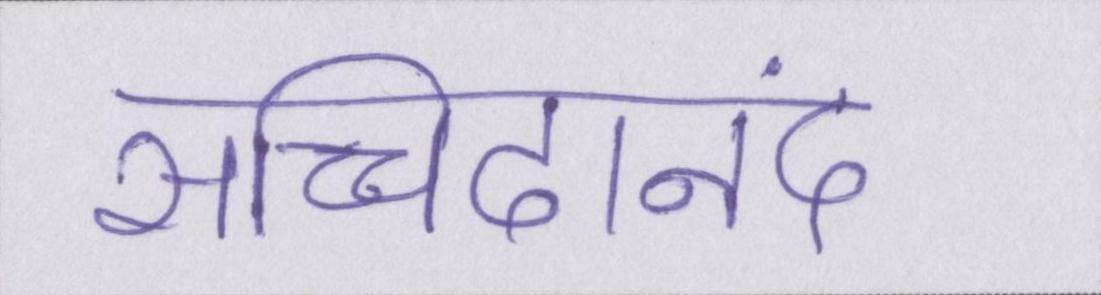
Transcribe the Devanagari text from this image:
सच्चिदानंद